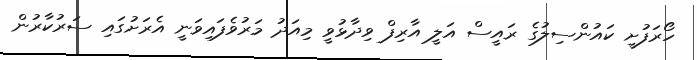
ހޯރަފުށީ ކައުންސިލުގެ ރައީސް އަލީ އާރިފް ވިދާޅުވީ މިއަދު މަރުވެފައިވަނީ އެރަށުގައި ސަރުކާރުން